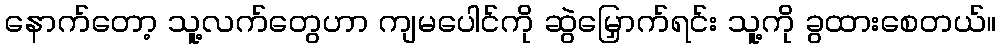
နောက်တော့ သူ့လက်တွေဟာ ကျမပေါင်ကို ဆွဲမြှောက်ရင်း သူ့ကို ခွထားစေတယ်။